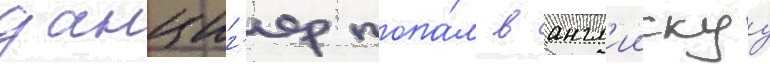
данциг'ер попа́л в англ'иискуу